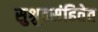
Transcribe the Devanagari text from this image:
सुश्रुतसंहितेत